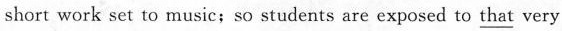
short work set to music; so students are exposed to \underline{that} very